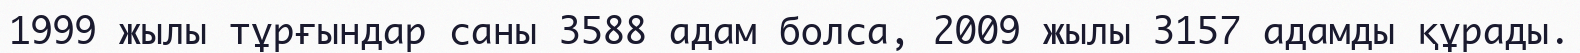
1999 жылы тұрғындар саны 3588 адам болса, 2009 жылы 3157 адамды құрады.